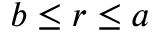
b \le r \le a